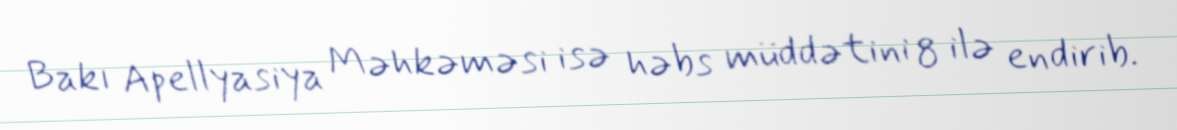
Bakı Apellyasiya Məhkəməsi isə həbs müddətini 8 ilə endirib.